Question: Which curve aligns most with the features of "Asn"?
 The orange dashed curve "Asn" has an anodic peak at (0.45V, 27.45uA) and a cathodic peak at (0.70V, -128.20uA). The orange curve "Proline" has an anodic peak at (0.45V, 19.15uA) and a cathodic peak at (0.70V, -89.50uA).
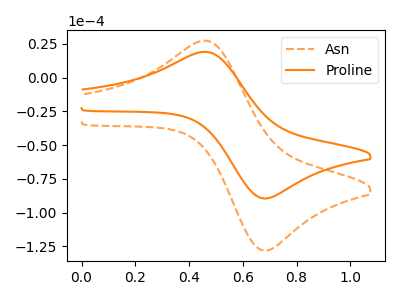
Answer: <think>All the peaks in "Asn" have a peak in "Proline" at the same potential. Every peak in "Asn" is higher than every peak in "Proline".
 </think>
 <answer>The CV with the most similar shape to "Proline" is "Asn".</answer>
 <eval>"Asn"</eval>